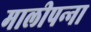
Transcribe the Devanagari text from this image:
मालीपन्‍ना